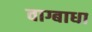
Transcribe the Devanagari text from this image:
वाग्बाधा